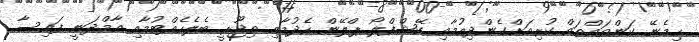
ހިމެނޭ ކަންތައްތައް ކުރިއަށްގެންދިއުމާއި ކޭޝްފްލޯ ޕްލޭން ހެދުމާއި ތިޖޫރީ ބެލެހެއްޓުމާއި އާމްދަނީ ފައިސާ